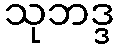
သုဘဒ္ဒ